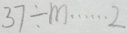
3 7 \div m \cdots 2